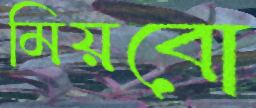
মিয়বো